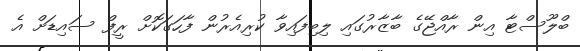
ބްލޫސްޓާ އިން ރާއްޖޭގެ ބާޒާރުގައި ލިބިފައިވާ ކުރިއެރުން ފާހަގަކޮށް ރީފް ސައިޑަށް އެ